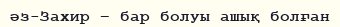
әз-Захир – бар болуы ашық болған